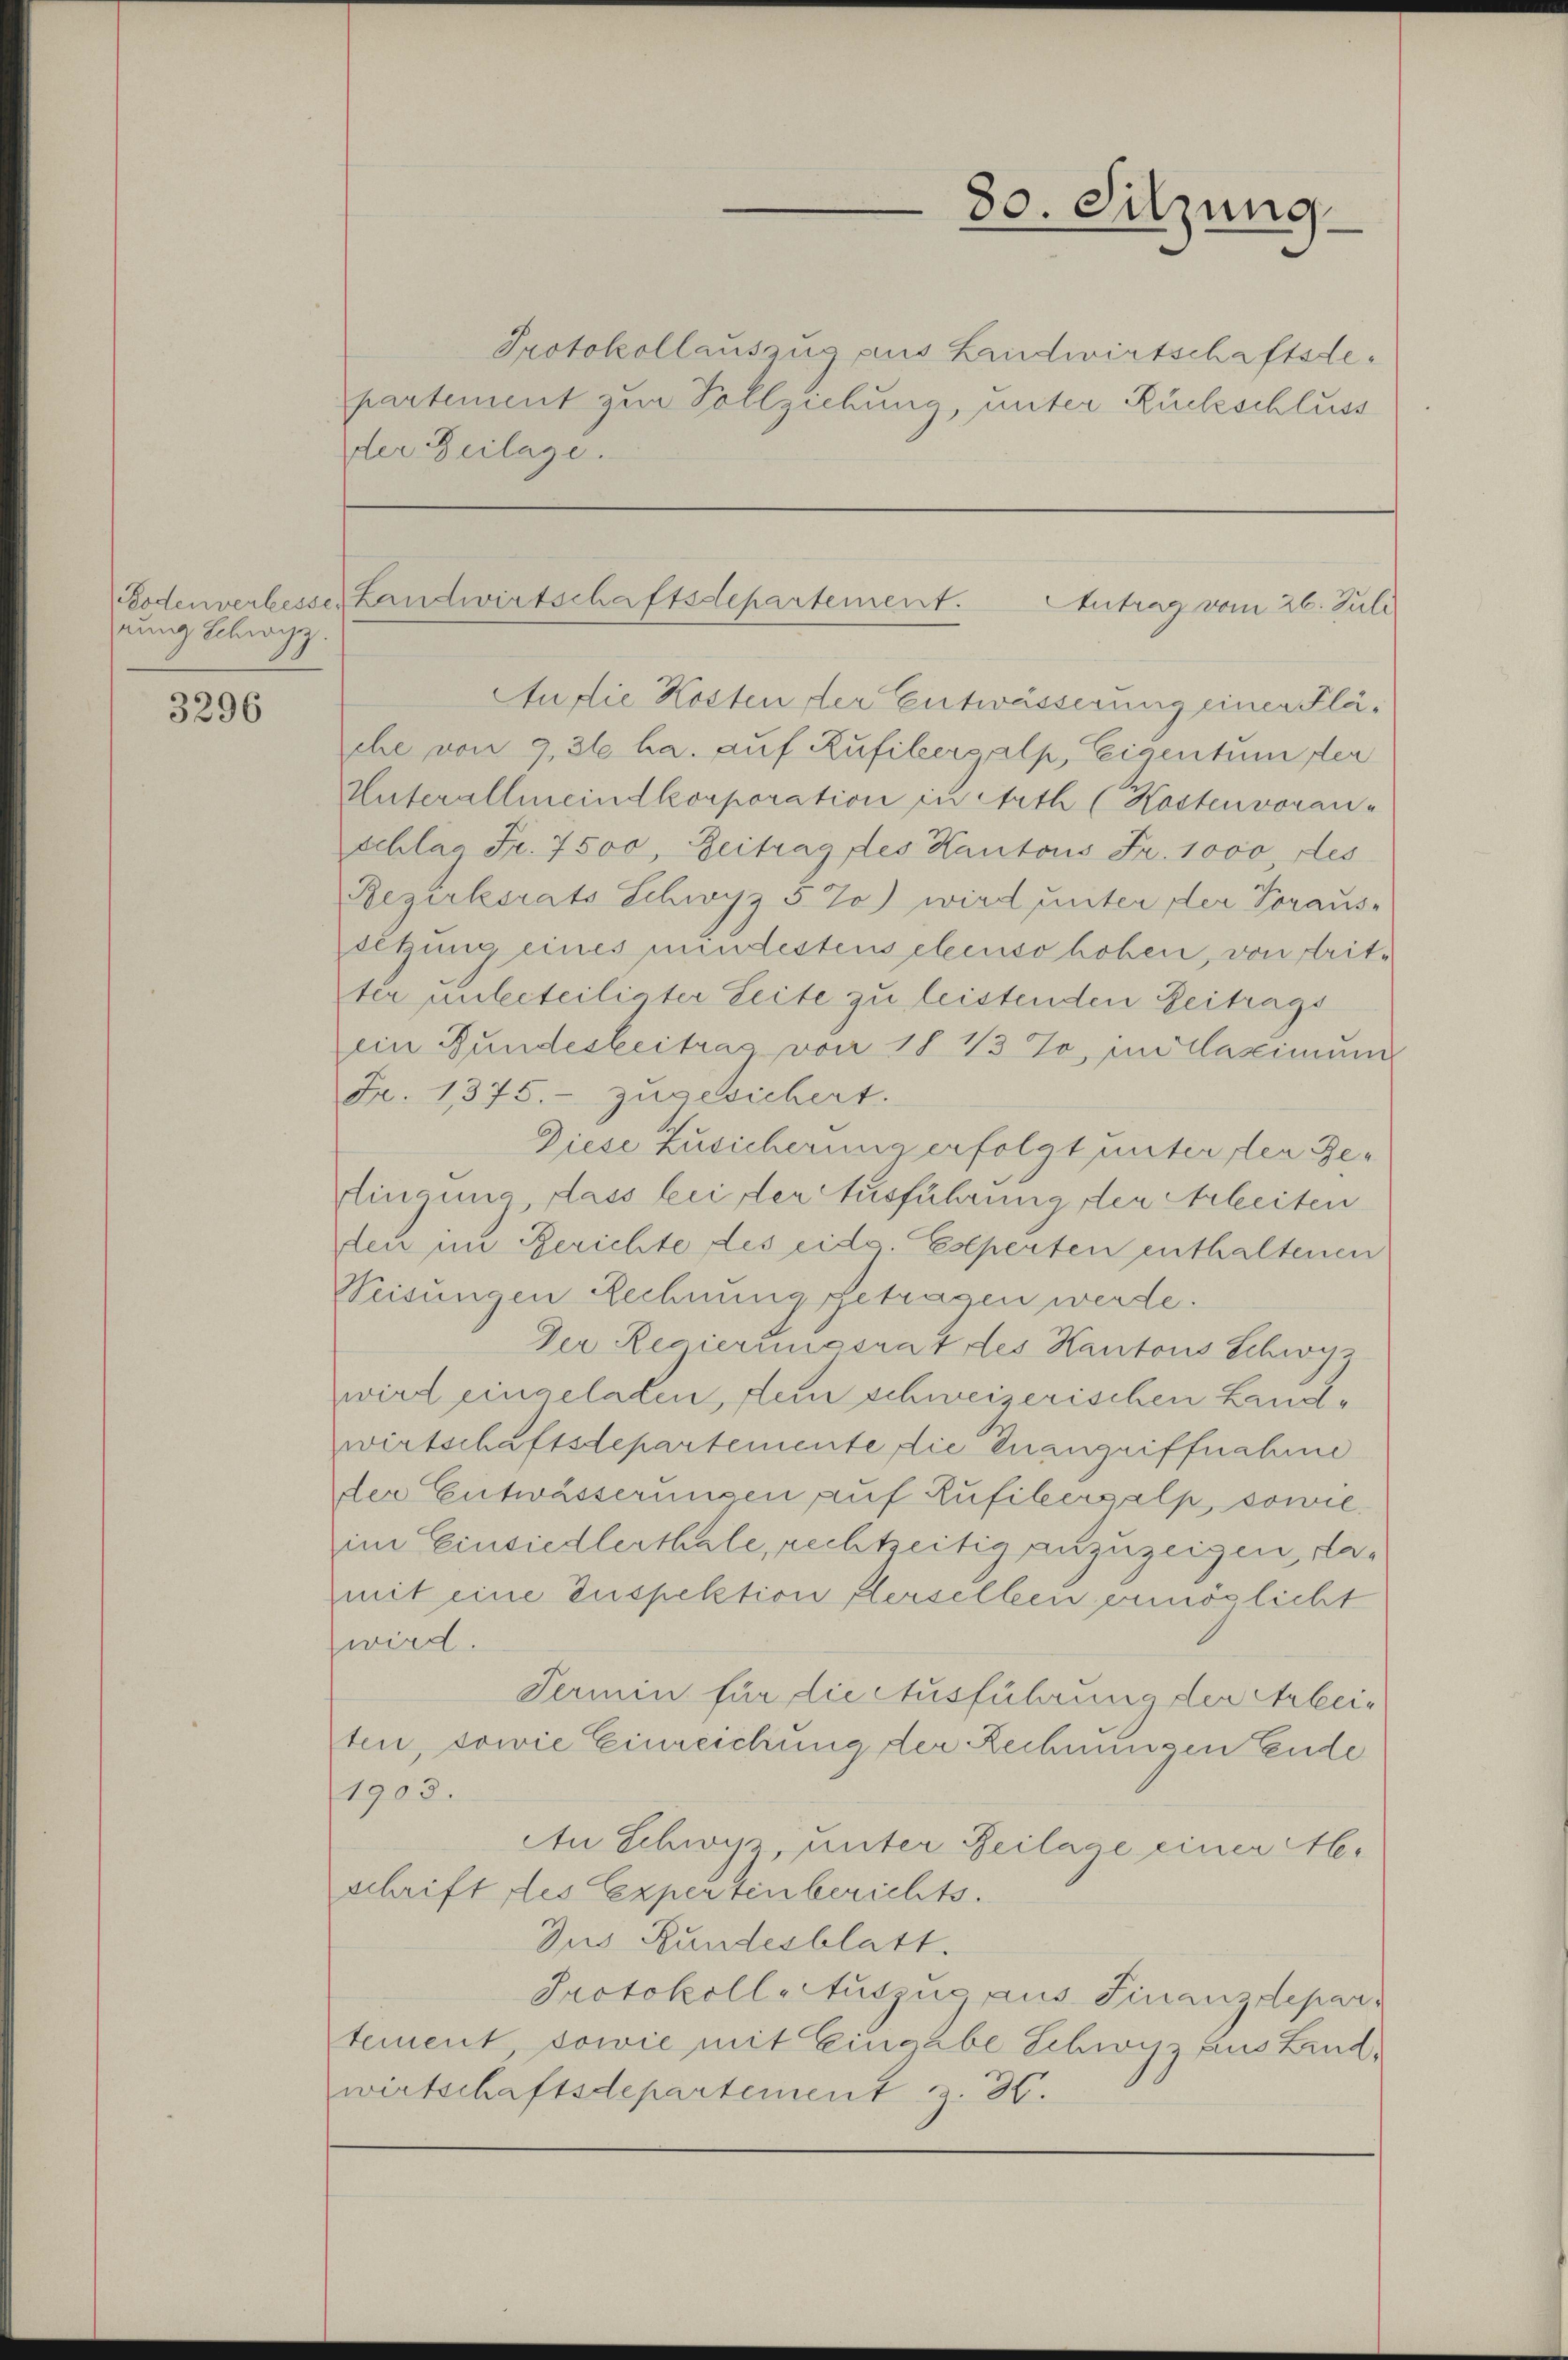
nung Schwyz.

3296

der Beilage.

An die Kosten der Entwässerung einer Pläche von 9,36 ha. auf Rufikersalp, Eigentum der
Unterallmeindkorporation in Arth (Kostenvoran
schlag Fr. 7500, Zeitrag des Kantons Fr. 1000, des
Bezirksrats Schwyz 5%) wird unter der Voraus-
oltung eines mundestens ebenso hoben, von dritter unbeteiligter Leite zu leistenden Zeitrags
ein Bundesbeitrag von 18 ½ Jo, in Maximum
Fr. 1375. zugesichert.
Diese Zusicherung erfolgt unter der Gesingung, dass bei der Ausführung der Arbeiten
den im Berichte des eidg. Esperten enthaltenen
Seisungen Rechnung getragen werde.
Der Regierungsrat des Kantons Schwyz
wird eingeladen, dein schweizerischen Landwirtschaftsdepartemente die Inangriffnahme
der Entwässerungen auf Rufibergalp, sowie
im Einsiedlerthale, rechtzeitig anzuzeigen, damit eine Inspektion flerselben ermöglicht
wird.
Termin für die Ausführung der Arbeiten, sowie Einreichung der Rechnungen Ende
1903.
An Schwyz, unter Zeilage einer Meschrift des Experten berichts.
Jus Bundesblatt.
Protokoll Auszug aus Finanzdepartement sowie mit Eingabe Schwyz aus Lindwirtschaftsdepartement z. 30.

80. Sitzung

Protokollauszug aus Landwirtschaftsdepartement zur Vollziehung, unter Rückschluss

Bodenverbesser Landwirtschaftsdepartement. Antrag vom 26. Juli